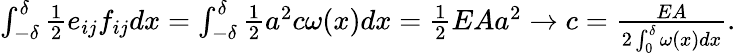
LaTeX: \begin{array}{r}{\int_{-\delta}^{\delta}\frac 12e_{ij}f_{ij}dx=\int_{-\delta}^{\delta}\frac 12a^{2}c\omega(x)dx=\frac 12EAa^{2}\to c=\frac{EA}{2\int_{0}^{\delta}\omega(x)dx}.}\end{array}